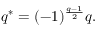
q ^ { * } = ( - 1 ) ^ { \frac { q - 1 } { 2 } } q .